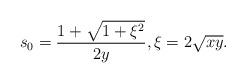
LaTeX: \begin{align*}s_0=\frac{1+\sqrt{1+\xi^2}}{2y},\xi=2\sqrt{xy}.\end{align*}